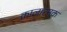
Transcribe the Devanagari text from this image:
कालात्मक